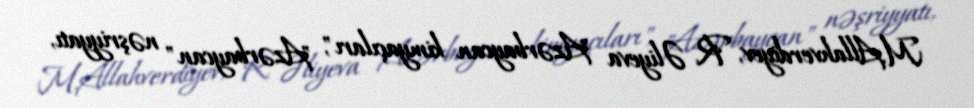
M.Allahverdiyev, R. Əliyeva "Azərbaycan kimyaçıları", "Azərbaycan" nəşriyyatı,